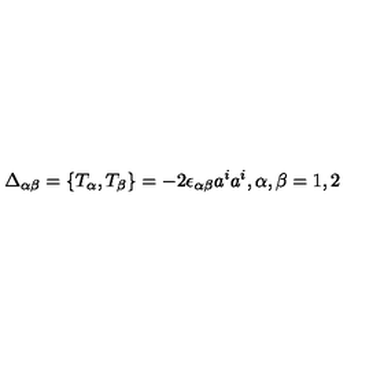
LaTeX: \Delta _ { \alpha \beta } = \{ T _ { \alpha } , T _ { \beta } \} = - 2 \epsilon _ { \alpha \beta } a ^ { i } a ^ { i } , \alpha , \beta = 1 , 2